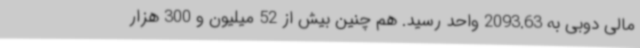
مالی دوبی به 2093.63 واحد رسید. هم چنین بیش از 52 میلیون و 300 هزار